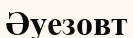
Әуезовт